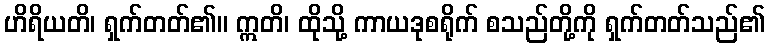
ဟိရိယတိ၊ ရှက်တတ်၏။ ဣတိ၊ ထိုသို့ ကာယဒုစရိုက် စသည်တို့ကို ရှက်တတ်သည်၏